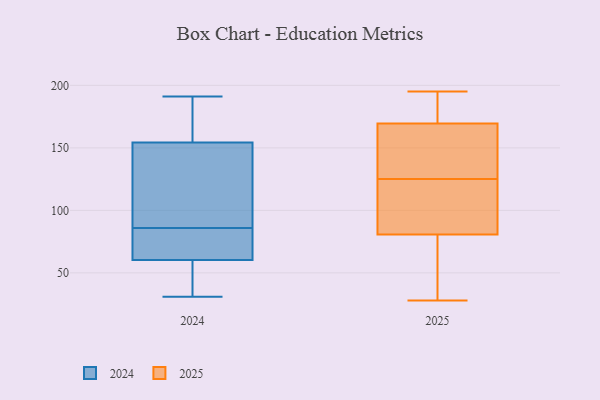
{"axis": {"x": "LTV (USD)", "y": "Value"}, "legend": ["2024", "2025"], "data": [{"x": "", "y": 165, "type": "2025"}, {"x": "", "y": 102, "type": "2025"}, {"x": "", "y": 181, "type": "2025"}, {"x": "", "y": 92, "type": "2025"}, {"x": "", "y": 125, "type": "2025"}, {"x": "", "y": 195, "type": "2025"}, {"x": "", "y": 151, "type": "2025"}, {"x": "", "y": 80, "type": "2025"}, {"x": "", "y": 137, "type": "2025"}, {"x": "", "y": 28, "type": "2025"}, {"x": "", "y": 195, "type": "2025"}, {"x": "", "y": 167, "type": "2025"}, {"x": "", "y": 39, "type": "2025"}, {"x": "", "y": 81, "type": "2025"}, {"x": "", "y": 177, "type": "2025"}, {"x": "", "y": 96, "type": "2025"}, {"x": "", "y": 59, "type": "2025"}, {"x": "", "y": 45, "type": "2024"}, {"x": "", "y": 34, "type": "2024"}, {"x": "", "y": 31, "type": "2024"}, {"x": "", "y": 191, "type": "2024"}, {"x": "", "y": 81, "type": "2024"}, {"x": "", "y": 86, "type": "2024"}, {"x": "", "y": 146, "type": "2024"}, {"x": "", "y": 166, "type": "2024"}, {"x": "", "y": 96, "type": "2024"}, {"x": "", "y": 82, "type": "2024"}, {"x": "", "y": 59, "type": "2024"}, {"x": "", "y": 91, "type": "2024"}, {"x": "", "y": 157, "type": "2024"}, {"x": "", "y": 75, "type": "2024"}, {"x": "", "y": 64, "type": "2024"}, {"x": "", "y": 97, "type": "2024"}, {"x": "", "y": 163, "type": "2024"}, {"x": "", "y": 175, "type": "2024"}, {"x": "", "y": 36, "type": "2024"}]}